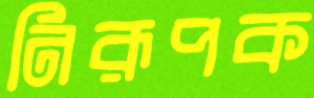
নিরূপক